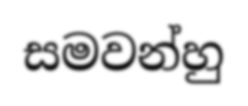
සමවන්හු